Annual report of the Bengal Veterinary College and of the Civil Veterinary Department, Bengal, for the year 1907-1908 - 1907-1908
Year: 1907
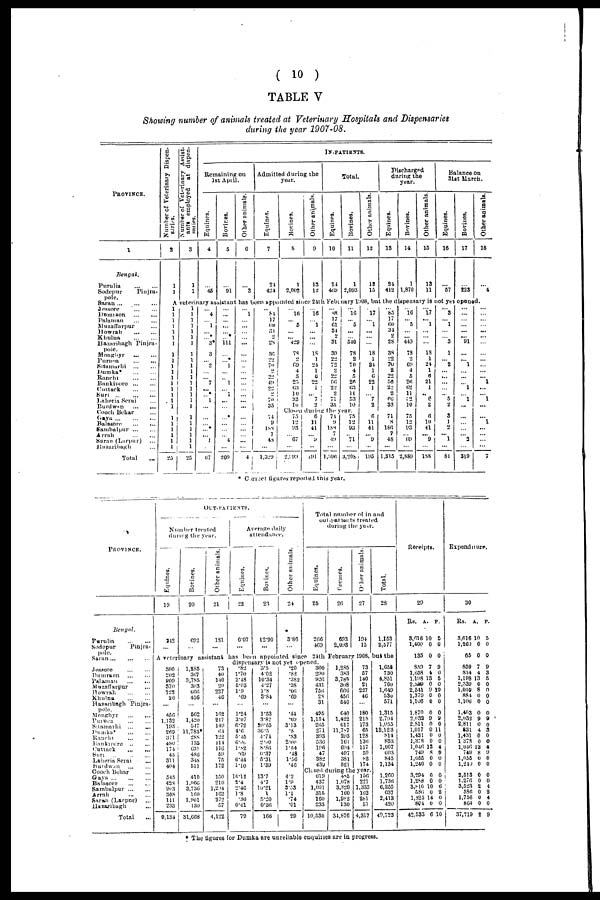
( 10 )
TABLE V
Showing number of animals treated at Veterinary Hospitals and Dispensaries
during the year 1907-08.
PROVINCE.
1
Bengal.
Purulia ... ...
Sodepur
Pinjra¬
pole.
Saran ... ... ...
Jessore ... ...
Dumraon ... ...
Palaman ... ...
Muzaffarpur ...
Howrah ... ...
Khulna ... ...
Hazaribagh
Pinjra¬
pole.
Monghyr ... ...
Purnea ... ...
Sitamarhi ... ...
Dumka* ... ...
Ranchi ... ...
Bankinore ... ...
Cuttack ... ...
Suri ... ... ...
Laheria Serai ...
Burdwan ... ...
Cooch Behar ...
Gaya ... ... ...
Balasore ... ...
Sambalpur ... ...
Arrah ... ...
Saran (Larpur) ...
Hazaribagh ...
Total ...
Number of Veterinary Dispen-
saries.
2
1
1
Number of Veterinary Assist-
ants employed at dispen-
saries.
3
1
1
Remaining on
1st April.
Equines.
4
...
46
Bovines.
5
...
91
Other animals.
6
...
3
Admitted during the
year.
Equines.
7
24
424
Bovines.
8
1
2,002
Other animals.
9
13
12
IN-PATIENTS.
Equines.
10
24
469
Total.
Bovines.
11
1
2,093
Other animals.
12
13
15
Discharged
during the
year.
Equines.
13
24
412
Bovines.
14
1
1,870
Other animals.
15
13
11
Balance on
31st March.
Equines.
16
...
57
Bovines.
17
...
223
Other animals.
18
...
4
A Veterinary assistant has been appointed since 21th February 1908, but the dispensary is not yet opened.
1
1
1
1
1
1
1
1
1
1
1
1 1
1
1
1
1
1
1
1
1
1
1
25
1
1
1
1
1
1
1
1
1
1
1
1
1
1
1
1
1
1
1
1
1
1
1
25
... 4
... 1
...
... *
3*
3
... 2
...
... 7
...
... *
1
...
...
...
...*
... 1
07
...
...
...
...
...
...
111
... ...*
1
...
... 1
... 1
...
...
... *
...
...
... 4
...
20!)
... 1
...
...
...
...
...
...
...
...
...
...
...
... ...
...
... ...
...
...
...
...
...
...
4
... 84
17
60
34 2
28
... 36
22
70
2
22
49
22
2
70
35
74
9
188 7
48
...
1,329
... 16
... 5
...
... 429
78
2
69
4
5
25
63
10
33
10
... 16
... 1
...
...
...
18 1
24
1
6
22
1
... 7
2
... 88
17
61
34
2
31
39
22
72
2
22
56
22
2
71
35
... 10
...
... ...
... 540
78
2
70
4
5
26
63 11
83
10
Closed during the year.
75
12
93
... 67
...
2,993
6
11
41
... 9
...
191
74
9
188
7
49
...
1,396
75
12
93
... 71
...
3,208
... 17
... 1
...
...
...
18 1
24
1
6
22
1
... 7
2
6
11
41
... 9
...
195
... 85
17
60 34
2
28
38 22
70 2
22
56
22
2
66
33
71
8
180
7
48
...
1,315
... 16
... 5
...
...
449
78
2
69
4
5
26
62
11
!:2
10
75
12
93
... 69
...
2,889
... 17
... 1
...
...
...
18
1
24
1
6
21
1
... 6
2
6
10
41
... 9
...
188
... 3
... 1
...
... 3
1
... 2
...
...
...
...
... 5
2
3
1
2
... 1
...
81
...
...
...
...
...
... 91
...
... 1
...
...
... 1
... 1
...
...
...
...
... 2
...
319
...
...
...
...
...
...
...
...
...
...
...
... 1
...
... 1
...
... 1
...
...
...
...
7
* Correct figures reported this year.
PROVINCE.
Bengal.
Purulia
Sodepur Pinjra¬
pole
Saran ... ... ...
Jessore ... ...
Dumraon
Palamau ... ...
Muzaffarpur ...
Howrah ... ...
Khulna ... ...
Hazaribagh Pinjra¬
pole.
Monghyr ... ...
Purnea ... ...
Suamarhi ... ...
Dumka* ... ...
Ranchi ... ...
Bankipore ... ...
Cuttack ... ...
Suri ... ... ...
Laheria Serai ...
Burdwan ... ...
Cooch Behar ...
Gaya ... ... ...
Balasore ... ...
Sambalpur ... ...
Arrah ... ...
Saran (Larpur) ...
Hazaribagh ...
Total ...
OUT-PATIENTS.
Number treated
during the year.
Equines.
19
242
...
Bovines.
20
692
...
Other animals.
21
181
Average daily
attendance.
Equines.
22
6.07
...
Bovines.
23
12.90
...
Other animals.
24
3.86
...
Total number of in and
out-patients treated
during the year.
Equines.
25
266
469
Bovines.
26
693
2,098
Other animals.
27
194
15
Total.
28
1,153
2,577
A veterinary assistant has been appointed since 24th February 1908, but the
300 202
909
370
722
20
...
456
1,132
193
269
371
480
174
45
311 404
545
428
903
308
111
233
9,134
1,285
367
3,785
303
666
456
...
602
1,420
547
11,783*
288
135
631
480
348
511
410
1,066
3,736
160
1,901
130
31,668
73
40
140
20
227
46
...
162
217
149
64
122
114
116 59
75
172
150
210
1,294 162
272
57
4,122
dispensary is not yet opened.
.82
1.70 2.48
5.03
1.9
.69
...
1.24
3.07
6.72
4.6
5.45
6.06
l.82
.69
6.44
1.10
16.12
8.4
2.46
1.8
.30
0.61
79
3.5
4.02
10.34
4.27
1.8
3.84
...
1.53
3.87
20.65
36.5
4.74
2.60
8.86
6.37
5.31
1.39
13.7
4.7
10.21
1
5.20
0.36
166
.20
.82
.382
.38
.66 .69
...
.44
.69
3.13
.8
.83
2.60
1.54
.48
1.56
.46
4.2
1.9
3.53
1.1
.74
.01
29
300
290
926
431
750
28
31
455
1,154
205
271
393
530
196
47
382
439
1,285
383
3,785
308
666
450
540
640
1,422
617
11,787
293
101
694
497
381
521
73
57
140
21
227
46
...
180
218
173
65
128
130
117
59
82
174
Closed
during the year.
619
437
1,001
315
160
233
10,530
485
1,078
3,829
160
1,982
130
34,870
156
221
1.335
162
281
57
4,817
1,658
730
4,851
760
1,649
530
571
1,315
2,794
1,055
12,123
814
833
1,007
603
845
1,134
1,260
1,736
6,255
637
2,413
420
40,723
Receipts.
29
Rs.
A.
P.
8,016 10
5
1,400
0 0
135 0 0
859
7 9
1,058 4 0
1.198 13 5
2,839 0 0
2,541 9 10
1,379 0 0
1,106
0 0
1,870
0 0
2,632 9
9
2,811 0 0
1,017
0 11
1,431
0 0
1,378 0 0
1,046 13 4
749 8 9
1,055 0 0
1,240 0 0
3,294 0 0
1,288 0
0
3,810 10
6
586
0 2
1,825 14 0
864 0 0
42.533 6 10
Expenditure.
30
Rs. A. P.
3,616 10 5
1,260 0 0
65 0 0
859 7
9
834 4
3
1,198 13 5
2,339 0 0
1,059
8 0
884 0 0
1,100 0
0
1,403 0
0
2,032 9
9
2,811 0 0
831 4
3
1,431 0 0
1 37S 0
0
1,046 13 4
749 8 9
1,055 0 0
1,240 0 0
2,513 0 0
1.270 0 0
3,523 2
4
586
0 2
1,756
0 4
864 0 0
37,719 2 9
* The figures for Dumka are unreliable enquiries are in progress.